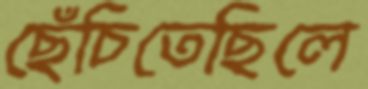
ছেঁচিতেছিলে